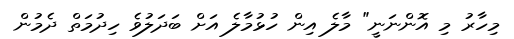
މިހާރު މި އޮންނަނީ" މާލެ އިން ހުޅުމާލެ އަށް ބަދަލުވެ ހިދުމަތް ދެމުން